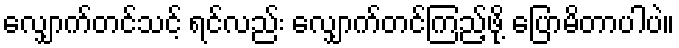
လျှောက်တင်သင့် ရင်လည်း လျှောက်တင်ကြည့်ဖို့ ပြောမိတာပါပဲ။